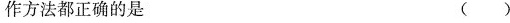
作方法都正确的是 ( )